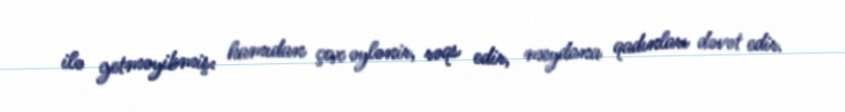
ilə getməyibmiş: hamıdan çox əylənir, rəqs edir, meydana qadınları dəvət edir.